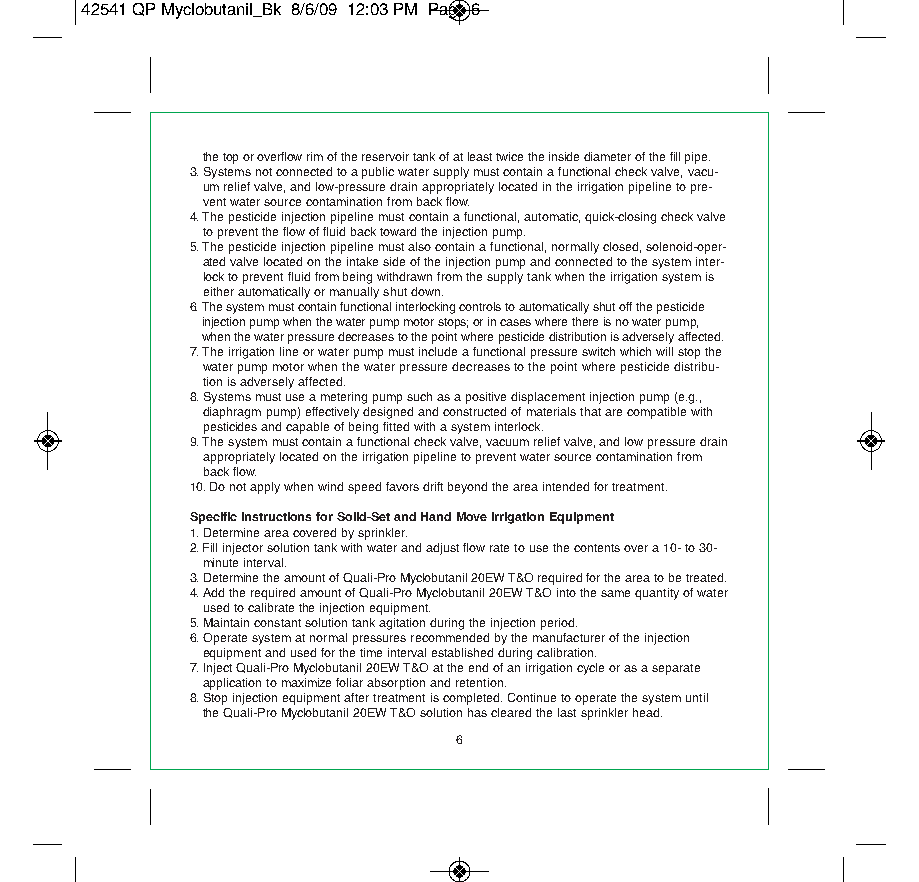
42541 QP Myclobutanil_Bk 8/6/09 12:03 PM Page 6
 the top or overflow rim of the reservoir tank of at least twice the inside diameter of the fill pipe.
 3. Systems not connected to a public water supply must contain a functional check valve, vacu-
 um relief valve, and low-pressure drain appropriately located in the irrigation pipeline to pre-
 vent water source contamination from back flow.
 4. The pesticide injection pipeline must contain a functional, automatic, quick-closing check valve
 to prevent the flow of fluid back toward the injection pump.
 5. The pesticide injection pipeline must also contain a functional, normally closed, solenoid-oper-
 ated valve located on the intake side of the injection pump and connected to the system inter-
 lock to prevent fluid from being withdrawn from the supply tank when the irrigation system is
 either automatically or manually shut down.
 6. The system must contain functional interlocking controls to automatically shut off the pesticide
 injection pump when the water pump motor stops; or in cases where there is no water pump,
 when the water pressure decreases to the point where pesticide distribution is adversely affected.
 7. The irrigation line or water pump must include a functional pressure switch which will stop the
 water pump motor when the water pressure decreases to the point where pesticide distribu-
 tion is adversely affected.
 8. Systems must use a metering pump such as a positive displacement injection pump (e.g.,
 diaphragm pump) effectively designed and constructed of materials that are compatible with
 pesticides and capable of being fitted with a system interlock.
 9. The system must contain a functional check valve, vacuum relief valve, and low pressure drain
 appropriately located on the irrigation pipeline to prevent water source contamination from
 back flow.
 10. Do not apply when wind speed favors drift beyond the area intended for treatment.
 Specific Instructions for Solid-Set and Hand Move Irrigation Equipment
 1. Determine area covered by sprinkler.
 2. Fill injector solution tank with water and adjust flow rate to use the contents over a 10- to 30-
 minute interval.
 3. Determine the amount of Quali-Pro Myclobutanil 20EW T&O required for the area to be treated.
 4. Add the required amount of Quali-Pro Myclobutanil 20EW T&O into the same quantity of water
 used to calibrate the injection equipment.
 5. Maintain constant solution tank agitation during the injection period.
 6. Operate system at normal pressures recommended by the manufacturer of the injection
 equipment and used for the time interval established during calibration.
 7. Inject Quali-Pro Myclobutanil 20EW T&O at the end of an irrigation cycle or as a separate
 application to maximize foliar absorption and retention.
 8. Stop injection equipment after treatment is completed. Continue to operate the system until
 the Quali-Pro Myclobutanil 20EW T&O solution has cleared the last sprinkler head.
 6